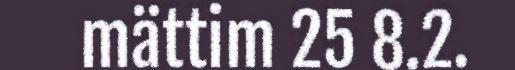
mättim 25 8.2.